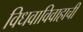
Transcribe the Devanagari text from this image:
विधवाविवाहाची